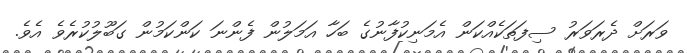
ވަރަށް ދެރަވަރު ސިފަތަކެއްކަން އެމަނިކުފާނުގެ ބަހާ އަމަލުން ފެންނަ ކަންކަމުން ގަބޫލުކުރެވެ އެވެ.